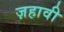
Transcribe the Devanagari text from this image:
ज़हावी